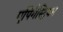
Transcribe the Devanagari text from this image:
एपिगैस्ट्रियम